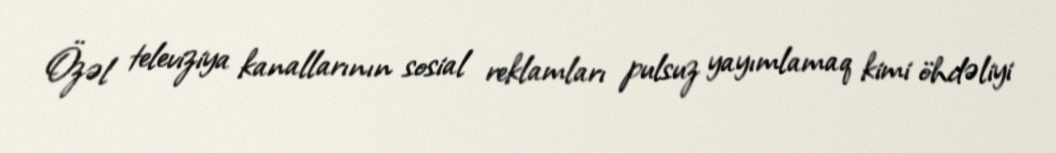
Özəl televiziya kanallarının sosial reklamları pulsuz yayımlamaq kimi öhdəliyi